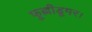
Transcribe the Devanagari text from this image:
फूल्लीडूमर।